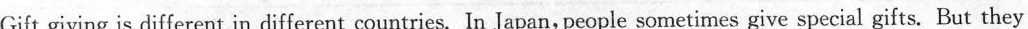
Gift giving is different in different countries. In Japan, people sometimes give special gifts. But they